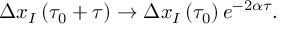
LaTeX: \Delta x _ { I } \left( \tau _ { 0 } + \tau \right) \rightarrow \Delta x _ { I } \left( \tau _ { 0 } \right) e ^ { - 2 \alpha \tau } .